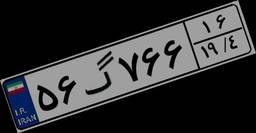
۵۶گ۷۶۶۱۶